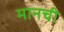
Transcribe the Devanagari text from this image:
मानची